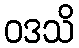
ဝဒသိ